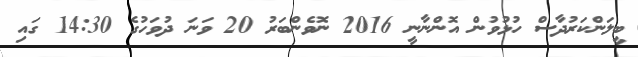
ބީލަންކަރުދާސް ހުޅުވުން އޮންނާނީ 2016 ނޮވެންބަރު 20 ވަނަ ދުވަހުގެ 14:30 ގައި